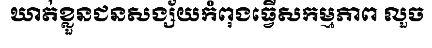
ឃាត់ខ្លួនជនសង្ស័យកំពុងធ្វើសកម្មភាព លួច